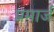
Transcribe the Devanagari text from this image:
प्रमार्ज